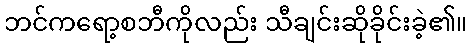
ဘင်ကရော့စဘီကိုလည်း သီချင်းဆိုခိုင်းခဲ့၏။